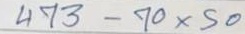
473 - 70 x 50